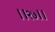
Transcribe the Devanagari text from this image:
।।२७।।